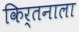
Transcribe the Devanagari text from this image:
किर्तनाला